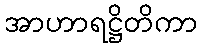
အာဟာရဋ္ဌိတိကာ